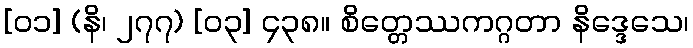
[၀၁] (နိ၊ ၂၇၇) [၀၃] ၄၃၈။ စိတ္တေဿကဂ္ဂတာ နိဒ္ဒေသေ၊